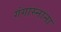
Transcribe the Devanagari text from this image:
गंगास्नाना